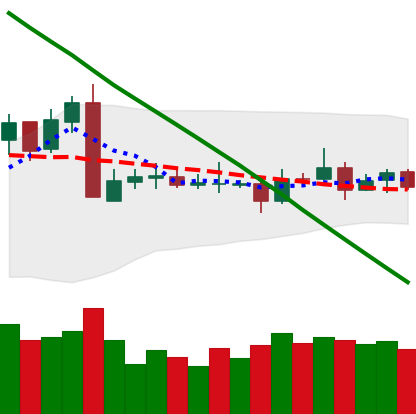
Ticker: ETC-USD
Chart end date: 2019-03-11
Forward return: 6.165%
Label: up_5_7